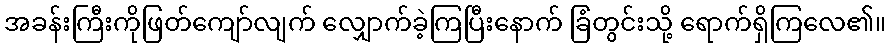
အခန်းကြီးကိုဖြတ်ကျော်လျက် လျှောက်ခဲ့ကြပြီးနောက် ခြံတွင်းသို့ ရောက်ရှိကြလေ၏။